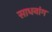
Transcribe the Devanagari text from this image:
साधनांग